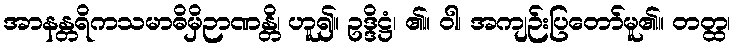
အာနန္တရိကသမာဓိမှိဉာဏန္တိ၊ ဟူ၍။ ဥဒ္ဒိဋ္ဌံ၊ ၏။ ဝါ၊ အကျဉ်းပြတော်မူ၏။ တတ္ထ၊